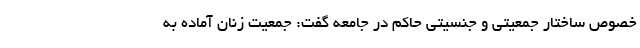
خصوص ساختار جمعیتی و جنسیتی حاکم در جامعه گفت: جمعیت زنان آماده به